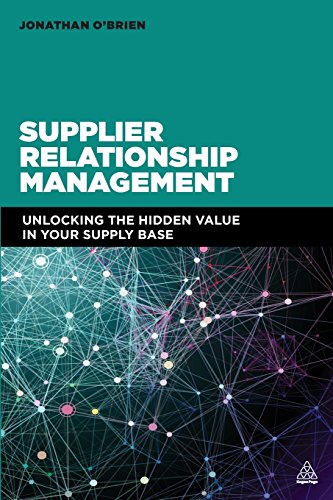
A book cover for Supplier Relationship Management: Unlocking the Hidden Value in Your Supply Base; Jonathan O'Brien; Business & Money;